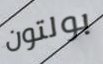
بولتون